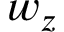
w _ { z }